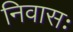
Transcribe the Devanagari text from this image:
निवासः